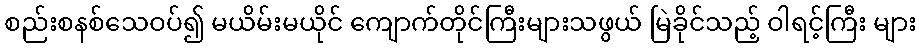
စည်းစနစ်သေဝပ်၍ မယိမ်းမယိုင် ကျောက်တိုင်ကြီးများသဖွယ် မြဲခိုင်သည့် ဝါရင့်ကြီး များ